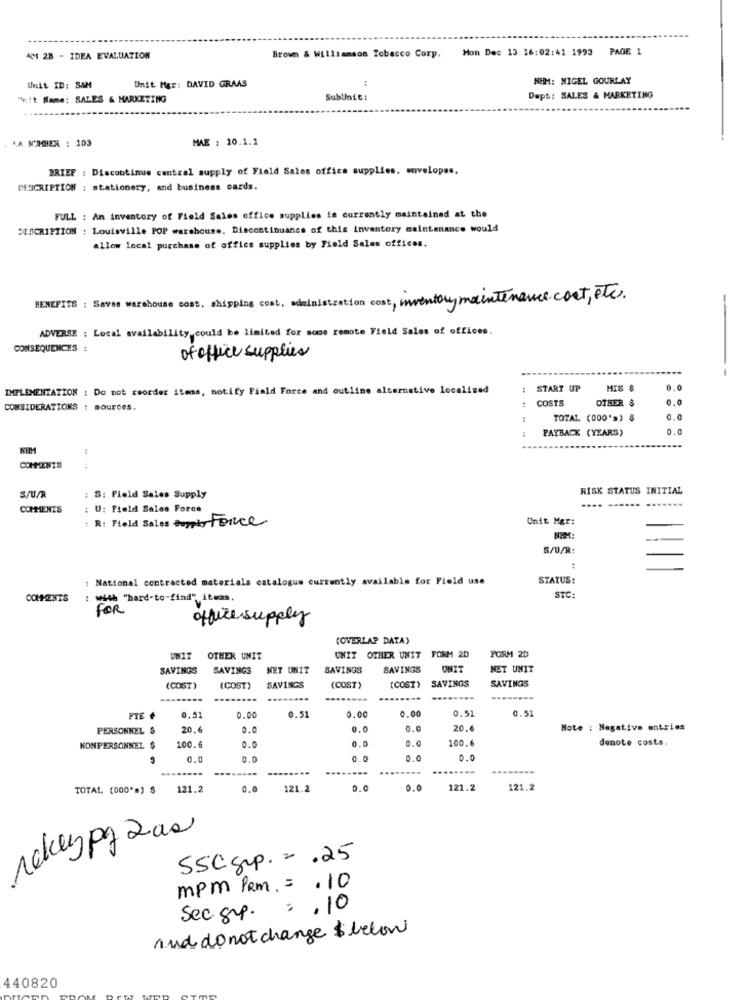
Mon Dec 13 16:02:41 1993 PAGE 1
KM1 28 - IDEA EVALUATION
Brown & Williamson Tobacco Corp.
Unit Mgr: DAVID GRAAS
NEM: NIGEL GOURLAY
Unit ID: S&M
"Viit Name: SALES & MARKETING
SubUnit:
Dept: SALES & MARKETING
MA N'AGER : 103
MAE : 10.1.1
BRIEF : Discontinue central supply of Field Sales office supplies, envelopes,
DESCRIPTION : stationery, and business cards.
FULL : An inventory of Field Sales office supplies is currently maintained at the
DESCRIPTION : Louisville POP warehouse. Discontinuance of this inventory maintenance would
allow local purchase of office supplies by Field Sales offices.
BENEFITS : Saves warehouse cost, shipping cost, administration cost, inventory maintenance.cost, etc.
ADVERSE : Local availability could be limited for some remote Field Sales of offices.
-
CONSEQUENCES !
of office supplies
IMPLEMENTATION : Do not reorder items, notify Field Force and outline alternative localized
START UP
HIS 8
0.0
COSTS
OTHER $
0.0
CONSIDERATIONS : sources.
TOTAL (000's) $
PAYBACK (YEARS)
0.0
:
COMMENTS
RISK STATUS INITIAL
S/U/R
: S: Field Sales Supply
COMMENTS
: U: Field Sales Force
: R: Field Sales Supply Force
Unit Mgr:
NI:
S/U/R:
: National contracted materials catalogue currently available for Field use
STATUS:
COMMENTS
: with "hard-to-find" itwas,
STC:
FOR
office supply
(OVERLAP DATA)
PORM 2D
UNIT
OTHER UNIT
UNIT OTHER UNIT FORM 2D
SAVINGS
SAVINGS
NET UNIT SAVINGS
SAVINGS
ONIT
NET UMIT
SAVINGS
(COST)
(COST)
SAVINGS
(COST)
(COST)
SAVINGS
........
0.00
0.51
PTE .
0,51
0.00
0.51
0.00
0.5
PERSONNEL $
20.6
0.0
0.0
0.0
20.6
Note : Negative entries
0.0
100.6
denote costs.
KONPERSONNEL $
100.6
0.0
0.0
0.0
0.0
0.0
0.0
--------
---
TOTAL. (000"") $
121.2
0.0
121.2
D.C
0.0
121.2
121,2
10key pg 2 as
SSCSrp. = . 25
mpm PRm. = . 10
Sec grp. : , 10
And do not change $ below
440820